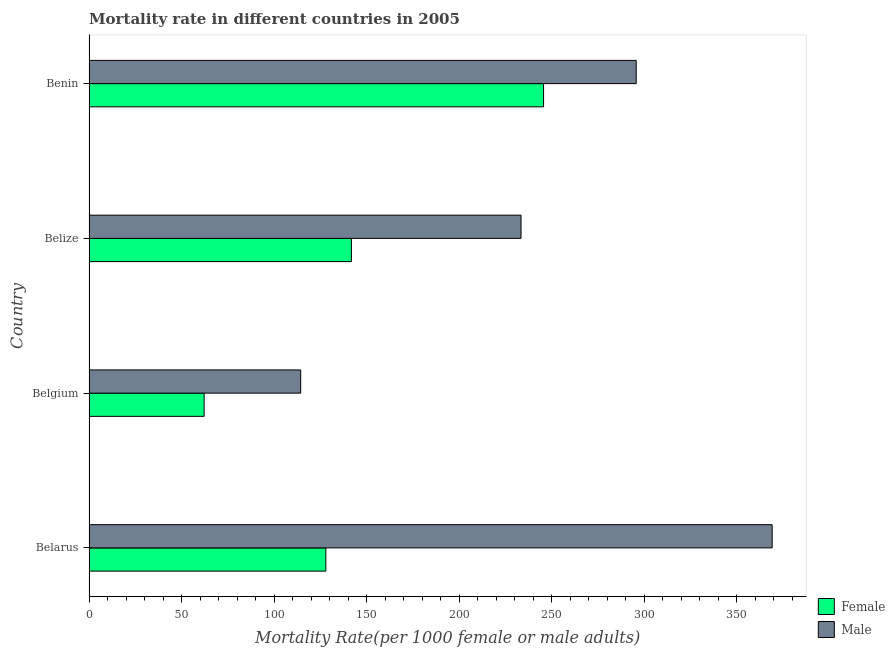
| Country | Female | Male |
 | --- | --- | --- |
 | Belarus | 128 | 369 |
 | Belgium | 62.2 | 114 |
 | Belize | 142 | 234 |
 | Benin | 246 | 296 |